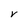
Character: V